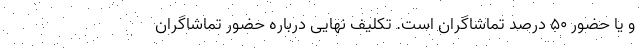
و یا حضور ۵۰ درصد تماشاگران است. تکلیف نهایی درباره حضور تماشاگران